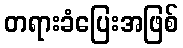
တရားခံပြေးအဖြစ်